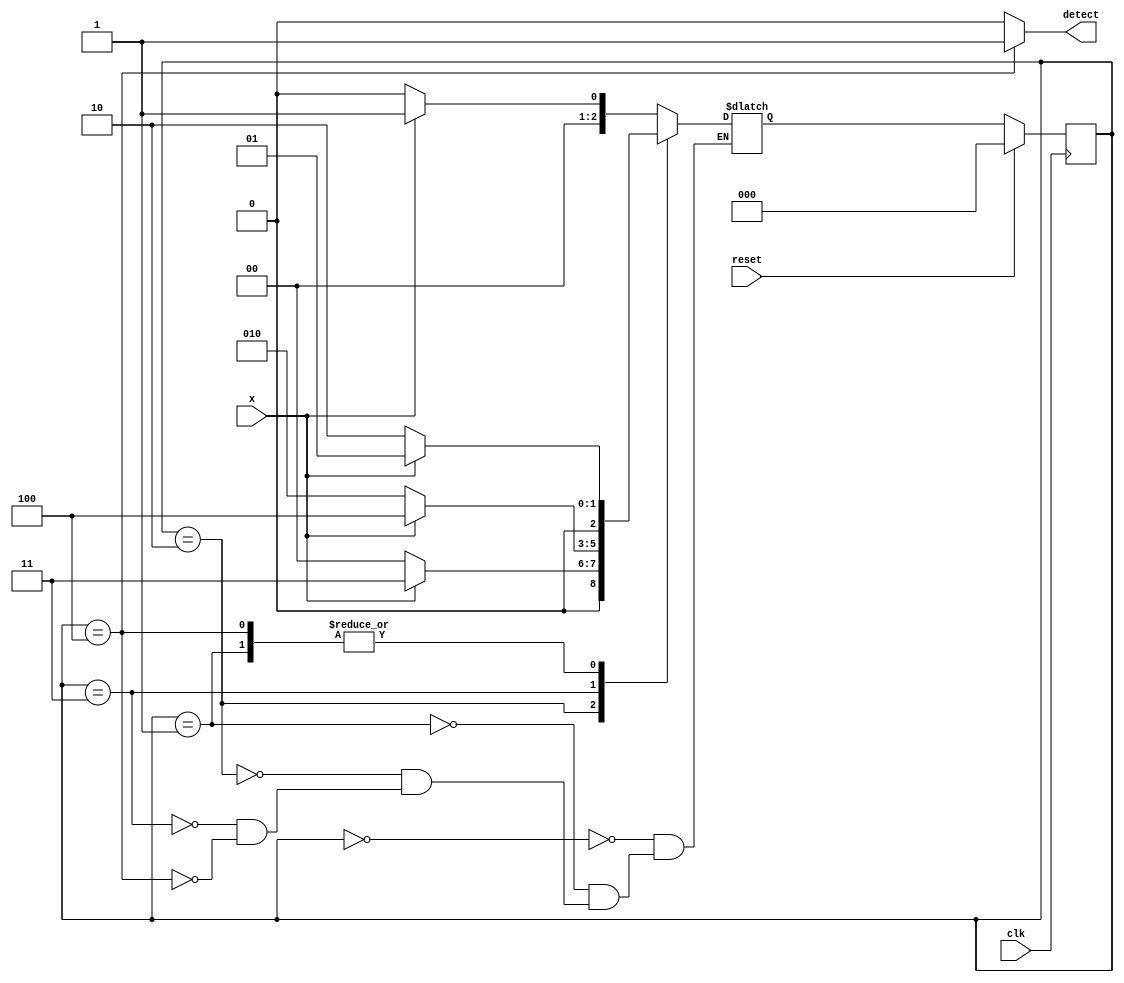
module fsm(
	input clk,
	input reset,
	input x,
	output detect
	);

reg [2:0] cur_state,next_state;

parameter S0 = 0;
parameter S1 = 1;
parameter S2 = 2;
parameter S3 = 3;
parameter S4 = 4;

assign detect = cur_state == S4 ? 1:0;

always @(posedge clk)
	begin
		if(reset)
			cur_state <= S0;
		else
			cur_state<=next_state;	
	end

always @ (cur_state or x)
	begin
		case (cur_state)
			S0:begin if(x)  next_state = S1;  else  next_state = S0; end
			S1:begin if(x)  next_state = S1;  else  next_state = S2; end
			S2:begin if(x)  next_state = S3;  else  next_state = S0; end
			S3:begin if(x)  next_state = S4;  else  next_state = S2; end
			S4:begin if(x)  next_state = S1;  else  next_state = S2; end
		endcase 

	end

endmodule